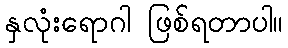
နှလုံးရောဂါ ဖြစ်ရတာပါ။